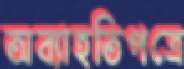
অব্যাহতিপত্রে